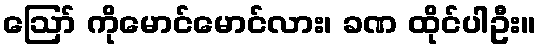
ဪ ကိုမောင်မောင်လား၊ ခဏ ထိုင်ပါဦး။